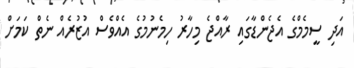
އަދި ސީމެމްގެ އެޖެންޑާގައި ރާއްޖެ މިހާރު ހިމެނުމުގެ އެއްވެސް އުޒުރެއް ނެތް ކަމަށް